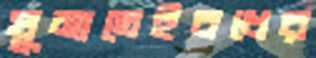
ঘুমাতেইবধের